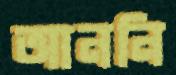
আননি